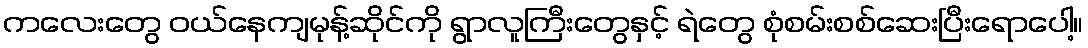
ကလေးတွေ ဝယ်နေကျမုန့်ဆိုင်ကို ရွာလူကြီးတွေနှင့် ရဲတွေ စုံစမ်းစစ်ဆေးပြီးရောပေါ့။